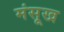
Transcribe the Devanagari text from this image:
मंसूख